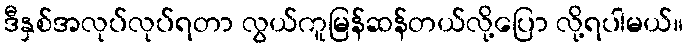
ဒီနှစ်အလုပ်လုပ်ရတာ လွယ်ကူမြန်ဆန်တယ်လို့ပြော လို့ရပါမယ်။